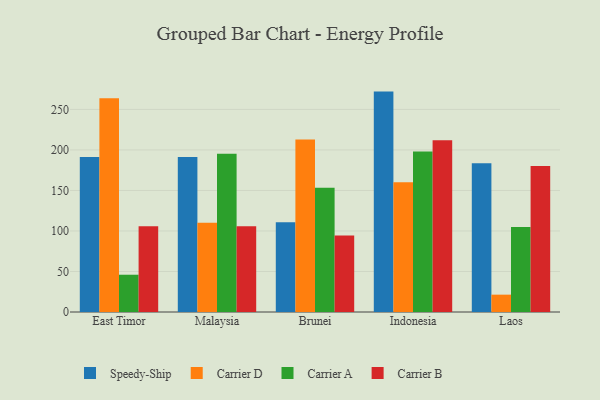
{"axis": {"x": "Country", "y": "Backlog"}, "legend": ["Carrier A", "Carrier B", "Carrier D", "Speedy-Ship"], "data": [{"x": "East Timor", "y": 191.3, "type": "Speedy-Ship"}, {"x": "East Timor", "y": 263.9, "type": "Carrier D"}, {"x": "East Timor", "y": 46.0, "type": "Carrier A"}, {"x": "East Timor", "y": 105.9, "type": "Carrier B"}, {"x": "Malaysia", "y": 191.4, "type": "Speedy-Ship"}, {"x": "Malaysia", "y": 110.1, "type": "Carrier D"}, {"x": "Malaysia", "y": 195.3, "type": "Carrier A"}, {"x": "Malaysia", "y": 105.9, "type": "Carrier B"}, {"x": "Brunei", "y": 110.8, "type": "Speedy-Ship"}, {"x": "Brunei", "y": 212.9, "type": "Carrier D"}, {"x": "Brunei", "y": 153.2, "type": "Carrier A"}, {"x": "Brunei", "y": 94.3, "type": "Carrier B"}, {"x": "Indonesia", "y": 272.0, "type": "Speedy-Ship"}, {"x": "Indonesia", "y": 160.0, "type": "Carrier D"}, {"x": "Indonesia", "y": 198.2, "type": "Carrier A"}, {"x": "Indonesia", "y": 212.1, "type": "Carrier B"}, {"x": "Laos", "y": 183.6, "type": "Speedy-Ship"}, {"x": "Laos", "y": 21.4, "type": "Carrier D"}, {"x": "Laos", "y": 104.8, "type": "Carrier A"}, {"x": "Laos", "y": 180.1, "type": "Carrier B"}]}